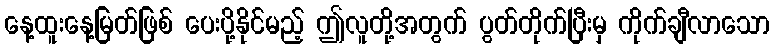
နေ့ထူးနေ့မြတ်ဖြစ် ပေးပို့နိုင်မည့် ဤလူတို့အတွက် ပွတ်တိုက်ပြီးမှ ကိုက်ချီလာသော